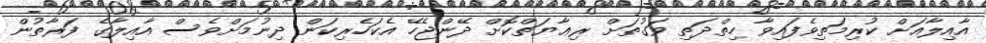
އާއިލާއަށް ކުރިމަތިވެފައިވާ ހިތްދަތި ވަގުތަށް ރިޢާޔަތްކޮށް ދޭންޖެހޭ އެކަހެރިކަން ދިނުމަށްވެސް އާއިލާގެ ފަރާތުން